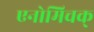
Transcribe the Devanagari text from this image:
एनोमिचक्